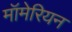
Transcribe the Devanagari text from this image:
मॉमेरियन